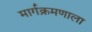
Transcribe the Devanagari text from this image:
मार्गक्रमणाला